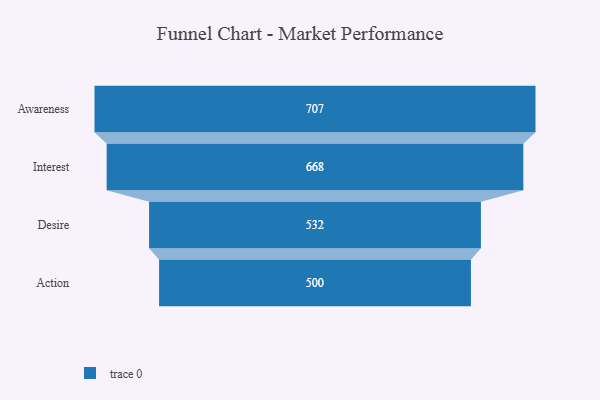
{"axis": {"x": "Stage", "y": "Value"}, "legend": [""], "data": [{"x": "Awareness", "y": 707.0, "type": ""}, {"x": "Interest", "y": 668.0, "type": ""}, {"x": "Desire", "y": 532.0, "type": ""}, {"x": "Action", "y": 500, "type": ""}]}